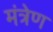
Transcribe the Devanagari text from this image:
मंत्रेण